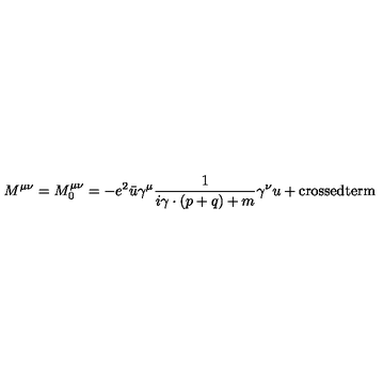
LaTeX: M ^ { \mu \nu } = M _ { 0 } ^ { \mu \nu } = - e ^ { 2 } \bar { u } \gamma ^ { \mu } \frac { 1 } { i \gamma \cdot ( p + q ) + m } \gamma ^ { \nu } u + \mathrm { c r o s s e d t e r m }